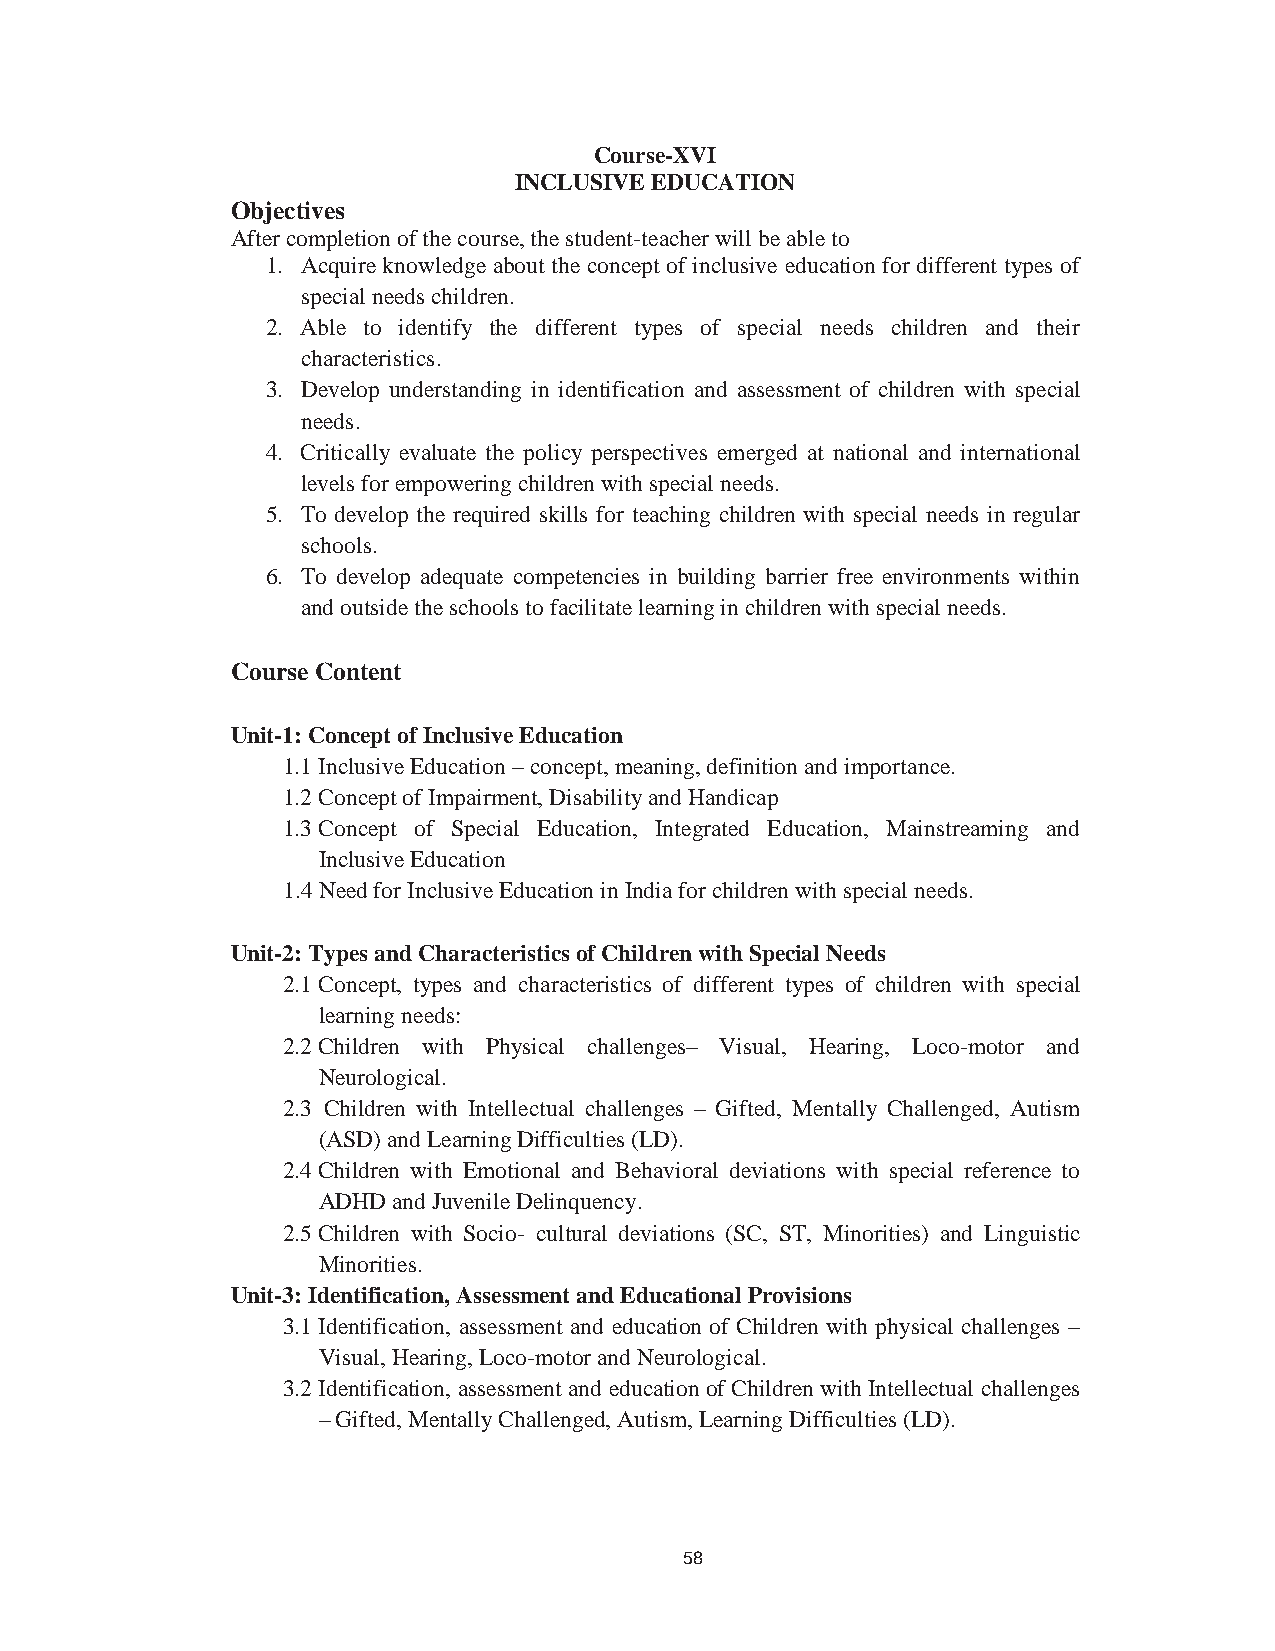
67
 Course-XVI
 INCLUSIVE EDUCATION
 Objectives
 After completion of the course, the student-teacher will be able to
 1. Acquire knowledge about the concept of inclusive education for different types of
 special needs children.
 2. Able to identify the different types of special needs children and their
 characteristics.
 3. Develop understanding in identification and assessment of children with special
 needs.
 4. Critically evaluate the policy perspectives emerged at national and international
 levels for empowering children with special needs.
 5. To develop the required skills for teaching children with special needs in regular
 schools.
 6. To develop adequate competencies in building barrier free environments within
 and outside the schools to facilitate learning in children with special needs.
 Course Content
 Unit-1: Concept of Inclusive Education
 1.1Inclusive Education – concept, meaning, definition and importance.
 1.2Concept of Impairment, Disability and Handicap
 1.3Concept of Special Education, Integrated Education, Mainstreaming and
 Inclusive Education
 1.4Need for Inclusive Education in India for children with special needs.
 Unit-2: Types and Characteristics of Children with Special Needs
 2.1Concept, types and characteristics of different types of children with special
 learning needs:
 2.2Children with Physical challenges– Visual, Hearing, Loco-motor and
 Neurological.
 2.3 Children with Intellectual challenges – Gifted, Mentally Challenged, Autism
 (ASD) and Learning Difficulties (LD).
 2.4Children with Emotional and Behavioral deviations with special reference to
 ADHD and Juvenile Delinquency.
 2.5Children with Socio- cultural deviations (SC, ST, Minorities) and Linguistic
 Minorities.
 Unit-3: Identification, Assessment and Educational Provisions
 3.1Identification, assessment and education of Children with physical challenges –
 Visual, Hearing, Loco-motor and Neurological.
 3.2Identification, assessment and education of Children with Intellectual challenges
 – Gifted, Mentally Challenged, Autism, Learning Difficulties (LD).
 58